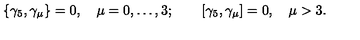
\{ \gamma _ { 5 } , \gamma _ { \mu } \} = 0 , \quad \mu = 0 , \ldots , 3 ; \qquad [ \gamma _ { 5 } , \gamma _ { \mu } ] = 0 , \quad \mu > 3 .